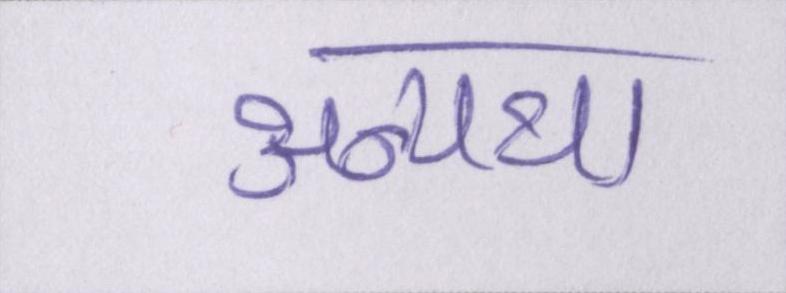
अन्यथा